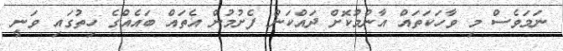
ނަމަވެސް މި ވާހަކަތައް އާންމުކޮށް ދައްކަން ފެށުމުން އެތައް ބައެއްގެ ހިތުގައި ވަނީ